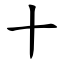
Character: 十